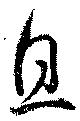
息